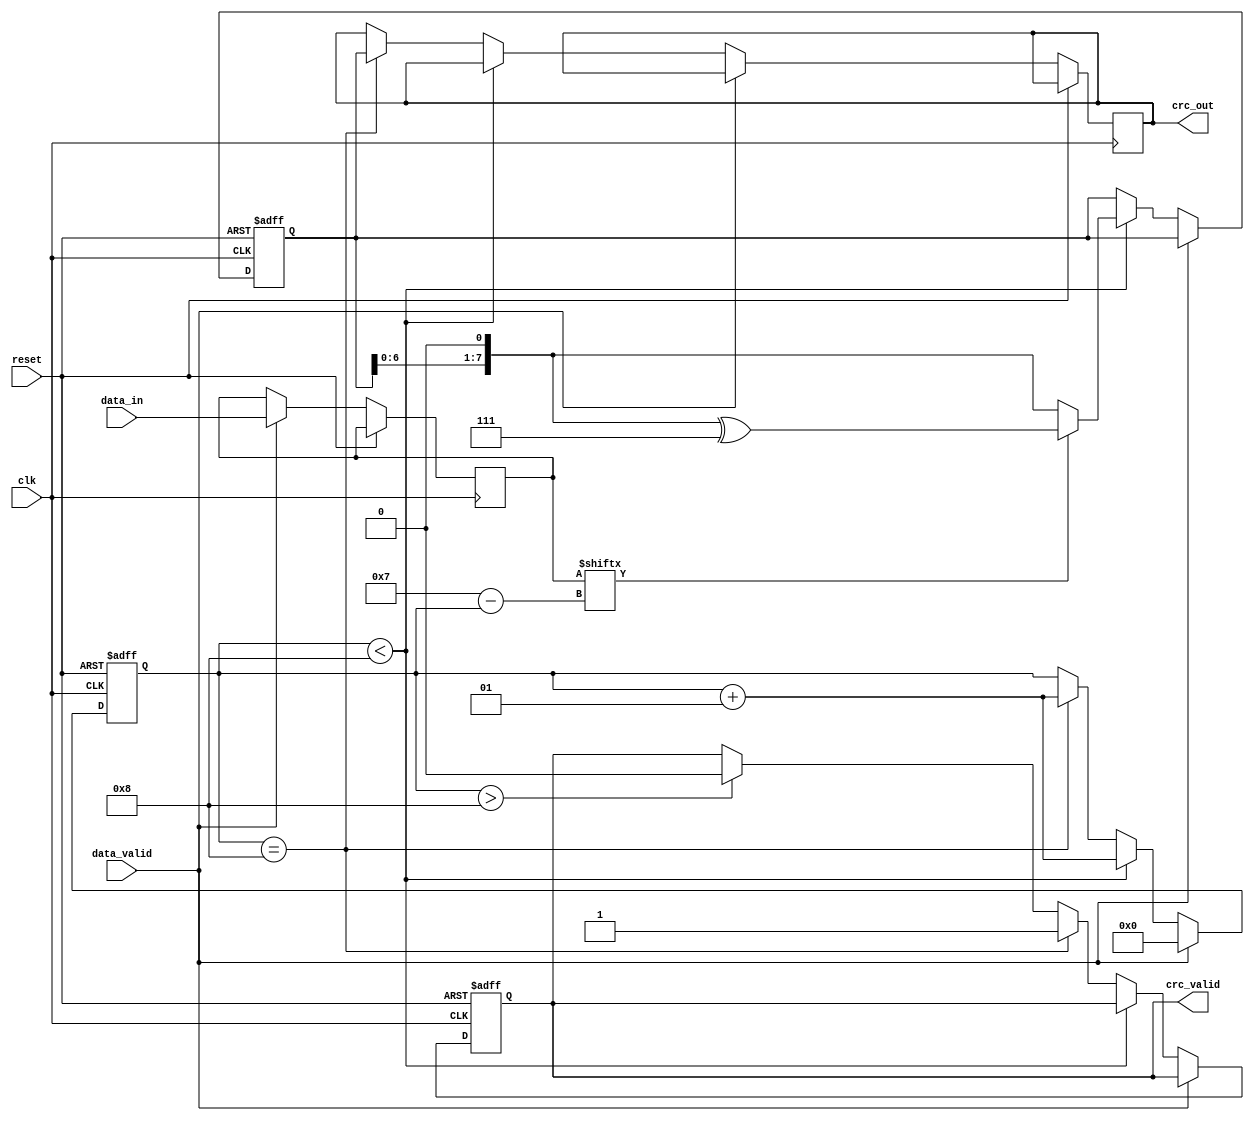
module parameterized_crc #(
    parameter CRC_WIDTH = 8,
    parameter [CRC_WIDTH-1:0] POLYNOMIAL = 8'h07, // Example for CRC-8
    parameter [CRC_WIDTH-1:0] INITIAL_VALUE = {CRC_WIDTH{1'b0}},
    parameter REFLECT_INPUT = 1'b0,
    parameter REFLECT_OUTPUT = 1'b0,
    parameter DATA_WIDTH = 8 // Width of input data
) (
    input wire clk,
    input wire reset,
    input wire [DATA_WIDTH-1:0] data_in,
    input wire data_valid,
    output reg [CRC_WIDTH-1:0] crc_out,
    output reg crc_valid
);

    reg [CRC_WIDTH-1:0] crc_reg;
    reg [DATA_WIDTH-1:0] data_buffer;
    integer bit_counter;

    // Function to reflect bits
    function [DATA_WIDTH-1:0] reflect;
        input [DATA_WIDTH-1:0] in;
        integer i;
        begin
            reflect = 0;
            for (i = 0; i < DATA_WIDTH; i = i + 1) begin
                reflect[i] = in[DATA_WIDTH-1-i];
            end
        end
    endfunction

    // Initialization and CRC computation
    always @(posedge clk or posedge reset) begin
        if (reset) begin
            crc_reg <= INITIAL_VALUE;
            crc_valid <= 1'b0;
            bit_counter <= 0;
        end else if (data_valid) begin
            // Buffer the incoming data
            data_buffer <= REFLECT_INPUT ? reflect(data_in) : data_in;
            crc_reg <= crc_reg; // Hold the previous CRC value for processing
            bit_counter <= 0; // Reset bit counter for new data
        end else if (bit_counter < DATA_WIDTH) begin
            // Process each bit of the input data
            crc_reg = {crc_reg[CRC_WIDTH-2:0], 1'b0}; // Shift left
            if (data_buffer[DATA_WIDTH-1-bit_counter]) begin // If the input bit is 1
                crc_reg = crc_reg ^ POLYNOMIAL; // XOR with polynomial
            end
            bit_counter = bit_counter + 1;
        end else if (bit_counter == DATA_WIDTH) begin
            // Final CRC output processing
            crc_out <= REFLECT_OUTPUT ? reflect(crc_reg) : crc_reg;
            crc_valid <= 1'b1; // Indicate CRC output is valid
            bit_counter <= bit_counter + 1; // Transition to done state
        end else if (bit_counter > DATA_WIDTH) begin
            crc_valid <= 1'b0; // Reset valid signal for next data
        end
    end
endmodule